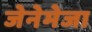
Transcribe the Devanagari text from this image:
जेनेमेजा